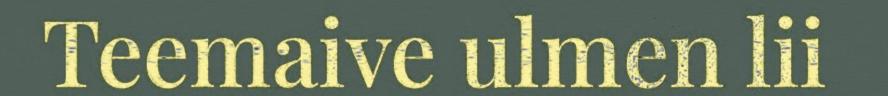
Teemaive ulmen lii